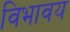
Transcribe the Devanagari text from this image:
विभावय